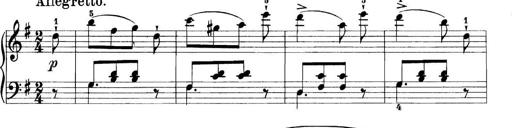
Title: 11 Sonatinas
Composer: Anton Diabelli